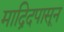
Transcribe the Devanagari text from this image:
माद्रिदपासून